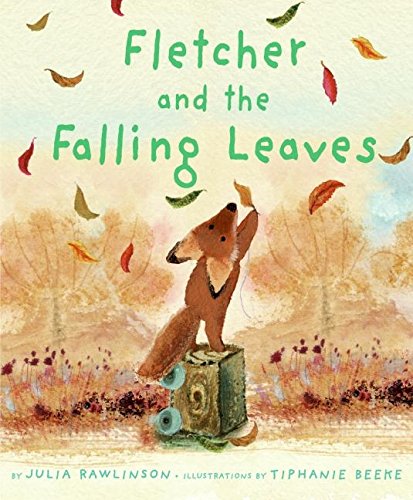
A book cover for Fletcher and the Falling Leaves; Julia Rawlinson; Children's Books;